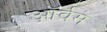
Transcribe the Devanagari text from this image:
ऑर्वम